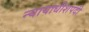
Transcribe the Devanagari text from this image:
न्यायाधीशपदी